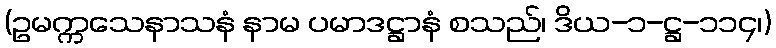
(ဥမက္ကသေနာသနံ နာမ ပမာဒဋ္ဌာနံ စသည်၊ ဒိယ-၁-ဋ္ဌ-၁၁၄၊)